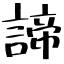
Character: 諦